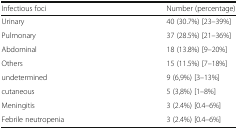
<table><thead><tr><td><b>Infectious foci</b></td><td><b>Number (percentage)</b></td></tr></thead><tbody><tr><td>Urinary</td><td>40 (30.7%) [23–39%]</td></tr><tr><td>Pulmonary</td><td>37 (28.5%) [21–36%]</td></tr><tr><td>Abdominal</td><td>18 (13.8%) [9–20%]</td></tr><tr><td>Others</td><td>15 (11.5%) [7–18%]</td></tr><tr><td>undetermined</td><td>9 (6,9%) [3–13%]</td></tr><tr><td>cutaneous</td><td>5 (3,8%) [1–8%]</td></tr><tr><td>Meningitis</td><td>3 (2.4%) [0.4–6%]</td></tr><tr><td>Febrile neutropenia</td><td>3 (2.4%) [0.4–6%]</td></tr></tbody></table>